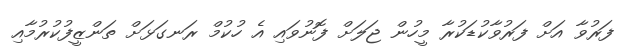
ފަރުވާ އަށް ފަރުވާކުޑަކުރާ މީހުން ޖަލަށް ފޮނުވައި އެ ހުކުމް ރަނގަޅަށް ތަންޒީފުކުރުމާއި